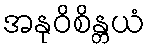
အနုဝိစိန္တယံ